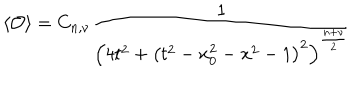
\left\langle \mathcal { O } \right\rangle = C _ { n , \nu } \frac { 1 } { \left( 4 t ^ { 2 } + \left( t ^ { 2 } - x _ { 0 } ^ { 2 } - x ^ { 2 } - 1 \right) ^ { 2 } \right) ^ { \frac { n + \nu } { 2 } } }